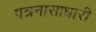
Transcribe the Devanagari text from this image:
पत्रनासाधारी